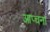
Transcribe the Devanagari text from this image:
आप्चना